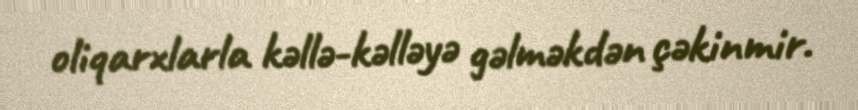
oliqarxlarla kəllə-kəlləyə gəlməkdən çəkinmir.